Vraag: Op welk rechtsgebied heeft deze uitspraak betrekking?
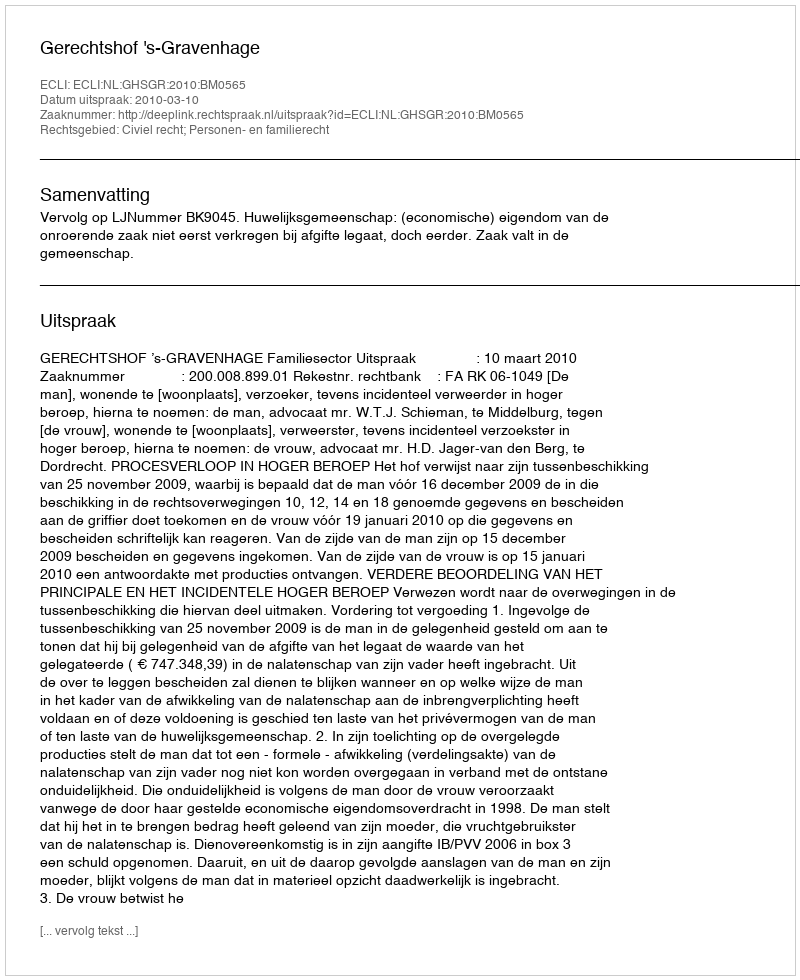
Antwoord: Civiel recht; Personen- en familierecht